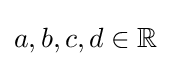
a,b,c,d\in \mathbb {R}